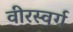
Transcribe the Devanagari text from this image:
वीरस्वर्ग